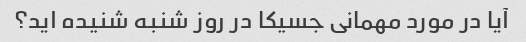
آیا در مورد مهمانی جسیکا در روز شنبه شنیده اید؟